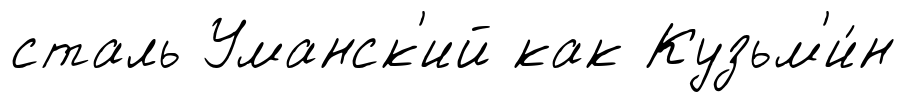
сталь Уманск'ий как Кузьм'и́н